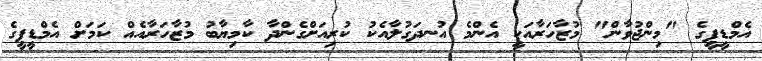
އެމްޑީޕީގެ "މިންޖުވާން" މުޒާހަރާއަކީ އެންމެ އުނދަގުލާއެކު ކުރިއަށްގެންދާ ކާމިޔާބު މުޒާހަރާއެއް ކަމަށް އެމްޑީޕީގެ